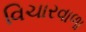
વિચારવાળા